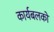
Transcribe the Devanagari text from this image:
कार्यबलको